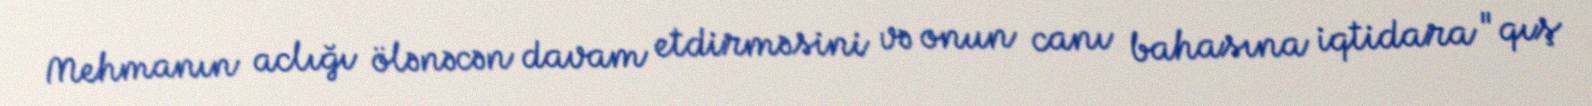
Mehmanın aclığı ölənəcən davam etdirməsini və onun canı bahasına iqtidara "qış